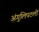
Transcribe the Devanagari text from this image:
अंगुलिपटलों